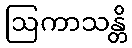
ဩကာသန္တိ